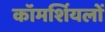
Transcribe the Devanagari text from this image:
कॉमर्शियलों